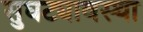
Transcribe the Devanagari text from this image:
सुघट्यावस्था